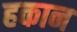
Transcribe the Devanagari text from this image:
हकान